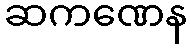
ဆကဏေန